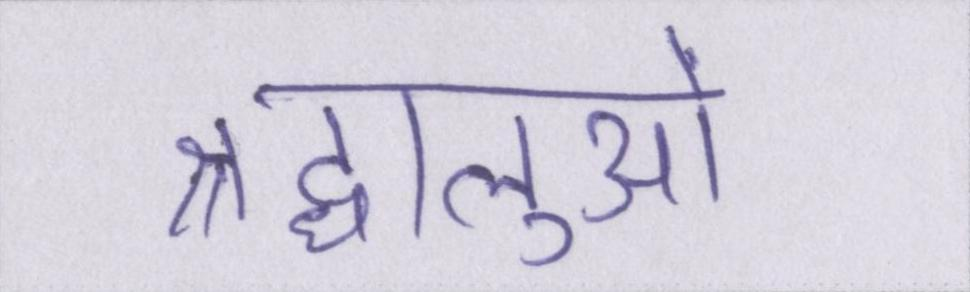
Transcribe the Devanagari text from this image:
श्रद्धालुओं